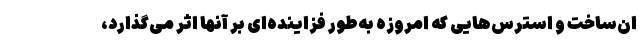
ان‌ساخت و استرس‌هایی که امروزه به‌طور فزاینده‌ای بر آنها اثر می‌گذارد،